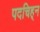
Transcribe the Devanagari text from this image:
पदचिह्‌न